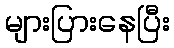
များပြားနေပြီး